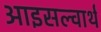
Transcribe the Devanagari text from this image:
आइसल्वार्थ